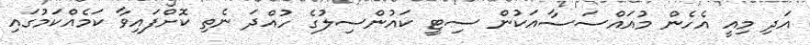
އަދި މިއީ އެހެން މުއައްސަސާއަކުން ސިޓީ ކައުންސިލުގެ ހުއްދަ ނެތި ކޮށްފައިވާ ކަމެއްކަމުގައި